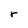
Character: r